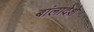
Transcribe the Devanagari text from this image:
बांलादेशे